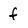
Character: f